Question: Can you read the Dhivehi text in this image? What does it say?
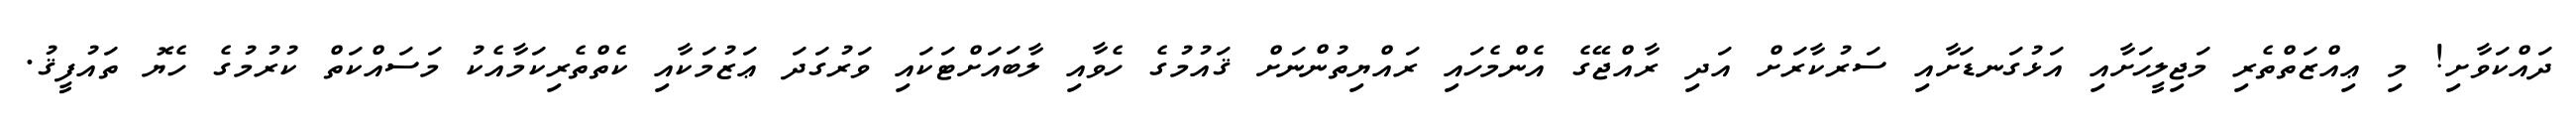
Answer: ދައްކަވާށި! މި ޢިއްޒަތްތެރި މަޖިލީހަށާއި އަޅުގަނޑަށާއި ސަރުކާރަށް އަދި ރާއްޖޭގެ އެންމެހައި ރައްޔިތުންނަށް ޤައުމުގެ ހެވާއި ލާބައަށްޓަކައި ވަރުގަދަ ޢަޒުމަކާއި ކެތްތެރިކަމާއެކު މަސައްކަތް ކުރުމުގެ ހެޔޮ ތައުފީޤު.